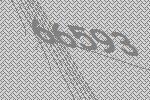
66593